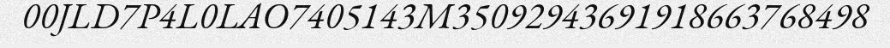
00JLD7P4L0LAO7405143M35092943691918663768498